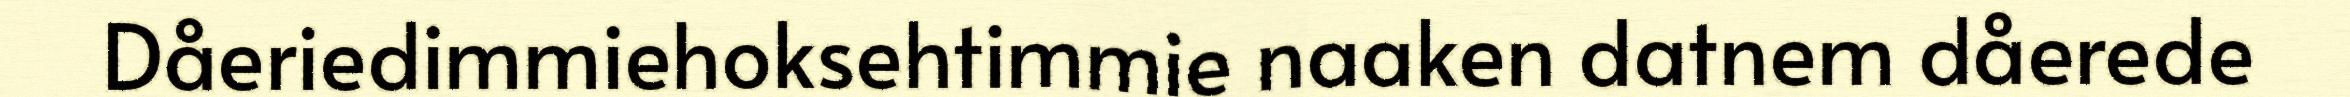
Dåeriedimmiehoksehtimmie naaken datnem dåerede